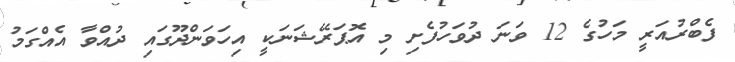
ފެބްރުއަރީ މަހުގެ 12 ވަނަ ދުވަހުފެށި މި އޮޕަރޭޝަނަކީ އިހަވަންދޫގައި ދުއްވާ އެއްގަމު